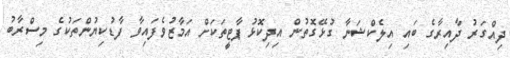
ދިއްގަރު ދާއިރާގެ ބައި އިލެކްޝަނާ ގުޅޭގޮތުން އިދިކޮޅު ޕާޓީތަކަށް އަމާޒުވެފައިވާ ފާޑުކިޔުންތަކުގެ މިސްރާބު